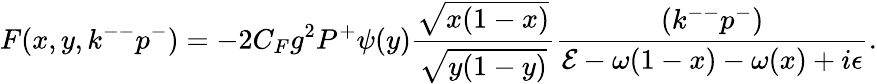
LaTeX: F(x,y,k^{--}p^{-})=-2C_{F}g^{2}P^{+}\psi(y){\frac{\sqrt{x(1-x)}}{\sqrt{y(1-y)}}}{\frac{(k^{--}p^{-})}{{\cal E}-\omega(1-x)-\omega(x)+i\epsilon}}.